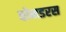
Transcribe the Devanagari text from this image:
वोनडरस